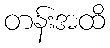
တန်းအထိ